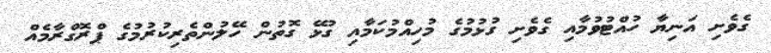
ގެވެށި އަނިޔާ ހުއްޓުވުމާއި ގެވެށި ގުޅުމުގެ މުހިއްމުކަމާއި ގުޅޭ ގޮތުން ހޭލުންތެރިކުރުމުގެ ޕްރޮގްރާމެއް